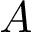
A